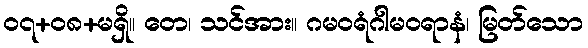
၀၇+၀၈+မရှိ။ တေ၊ သင်အား။ ဂမဝရံဂါမဝရာနံ၊ မြတ်သော